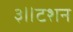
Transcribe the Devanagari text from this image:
३॥टशन